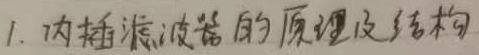
1. 内插滤波器的原理及结构